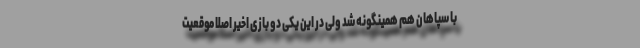
با سپاهان هم همینگونه شد ولی در این یکی دو بازی اخیر اصلا موقعیت